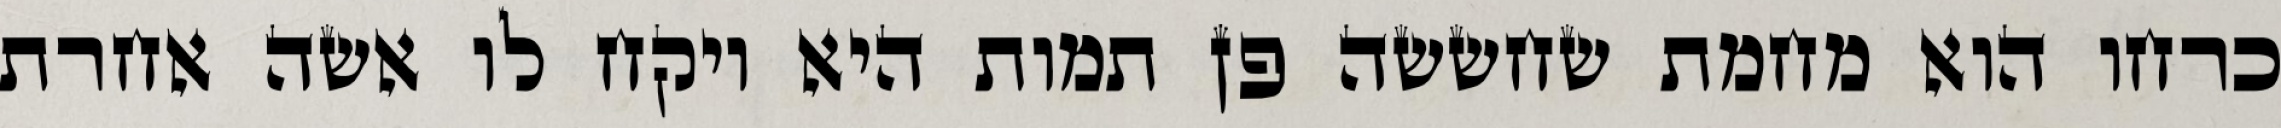
כרחו הוא מחמת שחששה פן תמות היא ויקח לו אשה אחרת